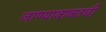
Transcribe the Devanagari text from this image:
जाण्याबाबतची